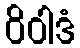
ဝိဝါဒံ